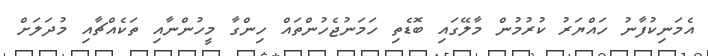
އެމަނިކުފާނު ހައްޔަރު ކުރުމުން މާލޭގައި ބޮޑެތި ހަމަނުޖެހުންތައް ހިންގާ މީހުންނާއި ތަކެއްޗާއި މުދަލަށް